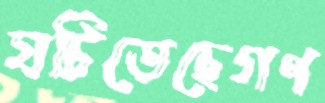
ঘটিতেছেগণ